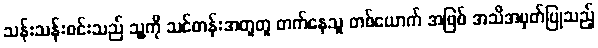
သန်းသန်းဝင်းသည် သူ့ကို သင်တန်းအတူတူ တက်နေသူ တစ်ယောက် အဖြစ် အသိအမှတ်ပြုသည့်